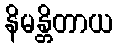
နိမန္တိတာယ